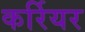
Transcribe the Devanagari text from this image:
कर्रियर